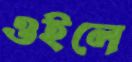
ওইলে